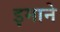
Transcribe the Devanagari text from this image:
इमाने